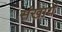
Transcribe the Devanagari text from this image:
संखायें